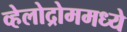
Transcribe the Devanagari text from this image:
व्हेलोद्रोममध्ये